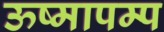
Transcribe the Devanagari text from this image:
ऊष्मापम्प